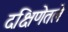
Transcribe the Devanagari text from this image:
दक्षिणेतले